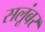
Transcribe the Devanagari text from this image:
सलूंबर